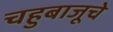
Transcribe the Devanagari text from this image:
चहुबाजूचे